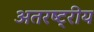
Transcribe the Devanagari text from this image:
अतरष्ट्रीय